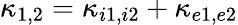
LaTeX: \kappa_{1,2}=\kappa_{i1,i2}+\kappa_{e1,e2}